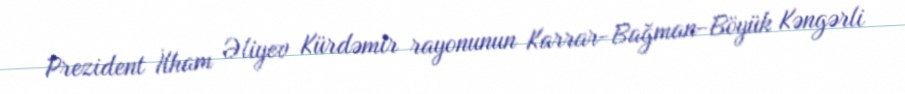
Prezident İlham Əliyev Kürdəmir rayonunun Karrar-Bağman-Böyük Kəngərli